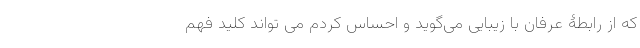
که از رابطۀ عرفان با زیبایی می‌گوید و احساس کردم می تواند کلید فهم